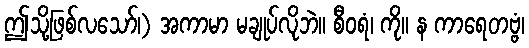
ဤသို့ဖြစ်လသော်၊) အကာမာ မချုပ်လိုဘဲ။ စီဝရံ၊ ကို။ န ကာရေတဗ္ဗံ၊